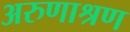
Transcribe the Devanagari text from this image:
अरुणाश्रण